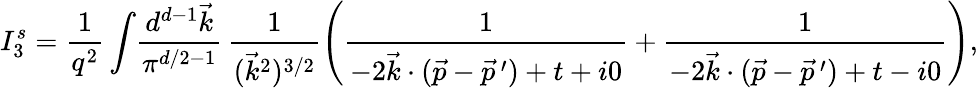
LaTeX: I_{3}^{s}=\frac{1}{q^{2}}\int\! \frac{d^{d-1}\vec{k}}{\pi^{d/2-1}}\, \frac{1}{(\vec{k}^{2})^{3/2}}\left(\frac{1}{-2\vec{k}\cdot(\vec{p}-\vec{p}^{\, \prime})+t+i0}+\frac{1}{-2\vec{k}\cdot(\vec{p}-\vec{p}^{\, \prime})+t-i0}\right),